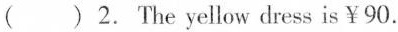
( ) 2.The yellow dress is ￥90.